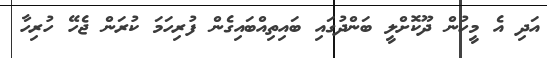
އަދި އެ މީހުން ދޫކޮށްލީ ބަންދުގައި ބައިތިއްބައިގެން ފުރިހަމަ ކުރަން ޖެހޭ ހުރިހާ